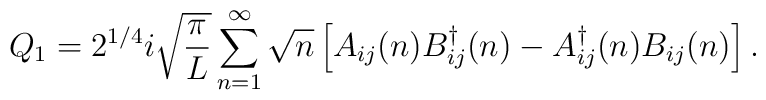
Q_1 = 2^{1/4}i \sqrt{\pi \over L}\sum_{n=1}^{\infty} \sqrt{n}\left[A_{ij}(n)B_{ij}^{\dag}(n)-A_{ij}^{\dag}(n)B_{ij}(n)\right] .